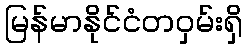
မြန်မာနိုင်ငံတဝှမ်းရှိ